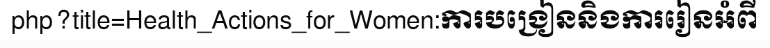
php?title=Health_Actions_for_Women:ការបង្រៀននិងការរៀនអំពី